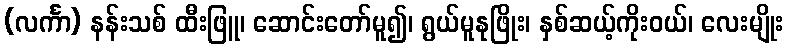
(လင်္ကာ) နန်းသစ် ထီးဖြူ၊ ဆောင်းတော်မူ၍၊ ရွယ်မူနုဖြိုး၊ နှစ်ဆယ့်ကိုးဝယ်၊ လေးမျိုး